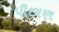
પીછાણ